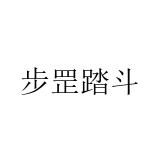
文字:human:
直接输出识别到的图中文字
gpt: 步罡踏斗